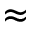
\approx